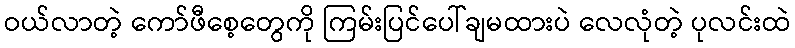
ဝယ်လာတဲ့ ကော်ဖီစေ့တွေကို ကြမ်းပြင်ပေါ်ချမထားပဲ လေလုံတဲ့ ပုလင်းထဲ